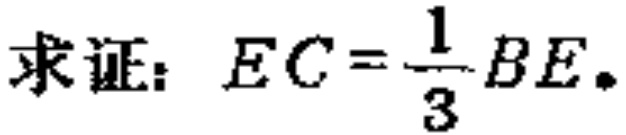
求证：\(EC = \frac{1}{3}BE\)。